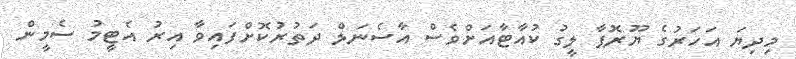
މިދިޔަ އަހަރުގެ ޔޫރޮޕާ ލީގު ކުއާޓާއަށްވެސް އާސެނަލް ދަތުރުކޮށްފައިވާ އިރު އެޓީމު ސެމީން